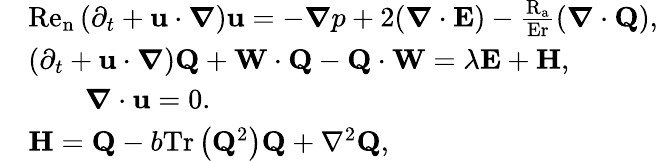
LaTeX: \begin{array}{rl}&{\mathrm{Re}_{\mathrm{n}}\left(\partial_{t}+\mathbf{u}\cdot\boldsymbol{\nabla}\right)\mathbf{u}=-\boldsymbol{\nabla}p+2(\boldsymbol{\nabla}\cdot\mathbf{E})-\frac{\mathrm{R}_{\mathrm{a}}}{\mathrm{Er}}\left(\boldsymbol{\nabla}\cdot\mathbf{Q}\right),}\\ &{\left(\partial_{t}+\mathbf{u}\cdot\boldsymbol{\nabla}\right)\mathbf{Q}+\mathbf{W}\cdot\mathbf{Q}-\mathbf{Q}\cdot\mathbf{W}=\lambda\mathbf{E}+\mathbf{H},}\\ &{\qquad\boldsymbol{\nabla}\cdot\mathbf{u}=0.}\\ &{\mathbf{H}=\mathbf{Q}\mathbin{-}b\mathrm{Tr}\left(\mathbf{Q}^{2}\right)\mathbf{Q}\mathbin{+}\nabla^{2}\mathbf{Q},}\end{array}